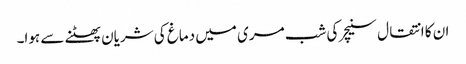
ان کا انتقال سنیچر کی شب مری میں دماغ کی شریان پھٹنے سے ہوا۔